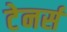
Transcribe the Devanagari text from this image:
टेनर्स